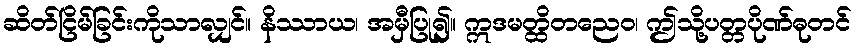
ဆိတ်ငြိမ်ခြင်းကိုသာလျှင်။ နိဿာယ၊ အမှီပြု၍။ ဣဒမတ္ထိတညေဝ၊ ဤသို့ပတ္တပိုဏ်ဓုတင်